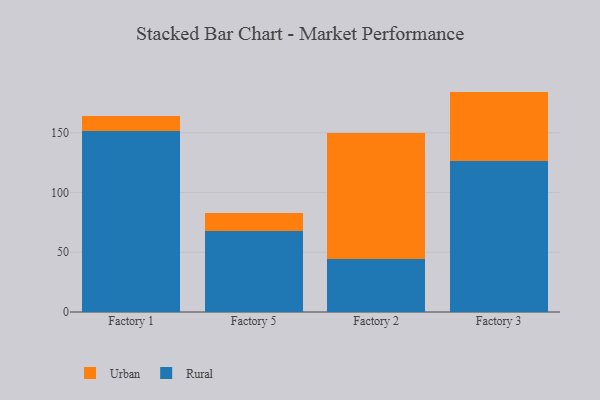
{"axis": {"x": "Factory", "y": "Headcount"}, "legend": ["Rural", "Urban"], "data": [{"x": "Factory 1", "y": 151.2, "type": "Rural"}, {"x": "Factory 1", "y": 12.7, "type": "Urban"}, {"x": "Factory 5", "y": 67.6, "type": "Rural"}, {"x": "Factory 5", "y": 15.4, "type": "Urban"}, {"x": "Factory 2", "y": 44.0, "type": "Rural"}, {"x": "Factory 2", "y": 105.6, "type": "Urban"}, {"x": "Factory 3", "y": 126.4, "type": "Rural"}, {"x": "Factory 3", "y": 58.0, "type": "Urban"}]}